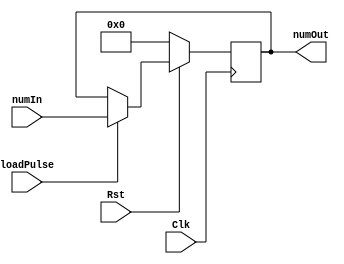
module loadReg(Clk, Rst, loadPulse, numIn, numOut);

  input Clk, Rst, loadPulse;
  input [3:0] numIn;
  output reg[3:0] numOut;

  always @ (posedge Clk)
  begin
    if(Rst == 0)
    begin
      numOut <= 4'b0000;
    end

    else if(loadPulse == 1)
    begin
      numOut <= numIn;
    end
  end
endmodule